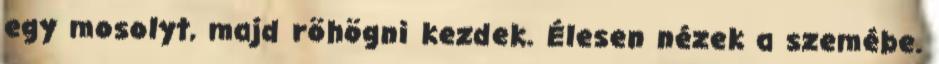
egy mosolyt, majd röhögni kezdek. Élesen nézek a szemébe.